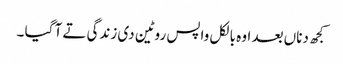
کجھ دناں بعد اوہ بالکل واپس روٹین دی زندگی تے آ گیا ۔